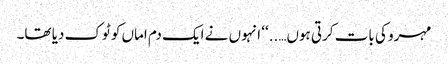
مہرو کی بات کرتی ہوں…..‘‘ انہوں نے ایک دم اماں کو ٹوک دیا تھا۔